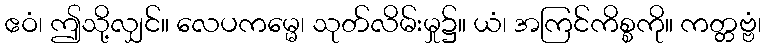
ဧဝံ၊ ဤသို့လျှင်။ လေပကမ္မေ၊ သုတ်လိမ်းမှု၌။ ယံ၊ အကြင်ကိစ္စကို။ ကတ္တဗ္ဗံ၊